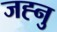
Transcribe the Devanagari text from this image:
जह्नु